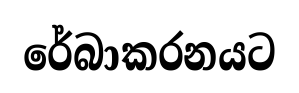
රේබාකරනයට